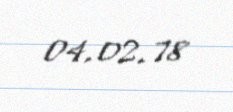
04.02.78